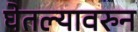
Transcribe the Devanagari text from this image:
घेतल्यावरुन